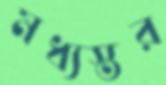
মধ্যস্তর